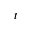
t